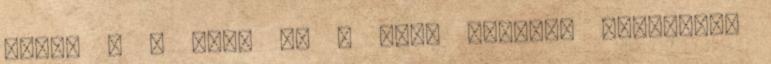
3,38. . A fény és a szem közötti kapcsolat